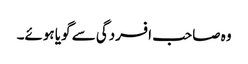
وہ صاحب افسردگی سے گویا ہوئے۔